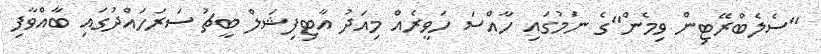
"ސެލެބްރޭޓިން ވިމެން"ގެ ނަމުގައި ހާއްސަ ހަވީރެއް މިއަދު އާޓިފިޝަލް ބީޗު ސަރަހައްދުގައި ބާއްވާފި